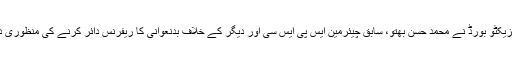
ایگزیکٹو بورڈ نے محمد حسن بھتو، سابق چیئرمین ایس پی ایس سی اور دیگر کے خلاف بدنعوانی کا ریفرنس دائر کرنے کی منظوری دی۔